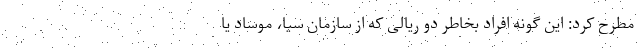
مطرح کرد: این گونه افراد بخاطر دو ریالی که از سازمان سیا، موساد یا